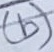
Text: (b)